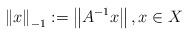
LaTeX: \begin{align*}\left\|x\right\|_{-1}:=\left\|A^{-1}x\right\|,x\in X\end{align*}